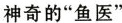
神奇的“鱼医”